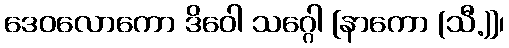
ဒေဝလောကော ဒိဝေါ သဂ္ဂေါ [နာကော (သီ.)]၊